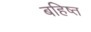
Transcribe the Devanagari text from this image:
बहिष्त